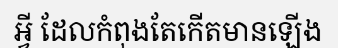
អ្វី ដែលកំពុងតែកើតមានឡើង